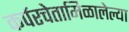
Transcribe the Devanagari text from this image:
कर्परचेतामिळालेल्या